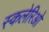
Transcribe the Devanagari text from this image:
स्कलेरिओ